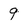
Character: 9